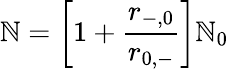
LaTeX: \mathbb{N}=\left[1+\frac{{r_{-,0}}}{{r_{0,-}}}\right]\mathbb{N}_{0}